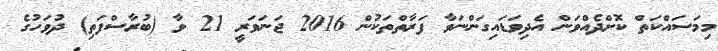
މިމަސައްކަތް ކޮށްދެއްވަން އެދިވަޑައިގަންނަވާ ފަރާތްތަކުން 2016 ޖަނަވަރީ 21 ވާ (ބުރާސްފަތި) ދުވަހުގެ